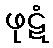
ဖုဋံ